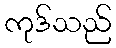
ကုဒ်သည်